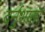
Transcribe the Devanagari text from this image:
दर्नुशाता